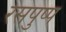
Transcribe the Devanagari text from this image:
रसपुष्प